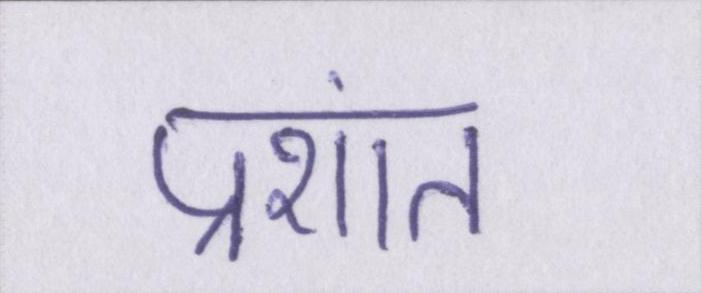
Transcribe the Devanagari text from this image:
प्रशांत